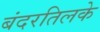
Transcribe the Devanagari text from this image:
बंदरतिलके